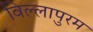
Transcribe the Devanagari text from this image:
विल्लापुरम